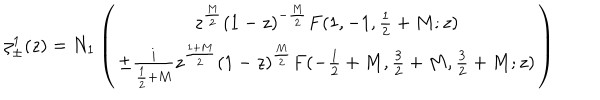
\zeta _ { \pm } ^ { 1 } ( z ) = N _ { 1 } \left( \begin{array} { c } { { z ^ { \frac { M } { 2 } } ( 1 - z ) ^ { - \frac { M } { 2 } } F ( 1 , - 1 , \frac { 1 } { 2 } + M ; z ) } } \\ { { \pm \frac { i } { \frac { 1 } { 2 } + M } z ^ { \frac { 1 + M } { 2 } } ( 1 - z ) ^ { \frac { M } { 2 } } F ( - \frac { 1 } { 2 } + M , \frac { 3 } { 2 } + M , \frac { 3 } { 2 } + M ; z ) } } \\ \end{array} \right)